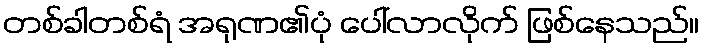
တစ်ခါတစ်ရံ အရုဏ၏ပုံ ပေါ်လာလိုက် ဖြစ်နေသည်။